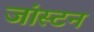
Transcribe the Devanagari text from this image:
जांस्टन